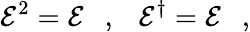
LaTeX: {\cal E}^{2}={\cal E}\ \ \ ,\ \ \ {\cal E}^{\dagger}={\cal E}\ \ \ ,